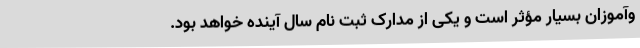
وآموزان بسیار مؤثر است و یکی از مدارک ثبت نام سال آینده خواهد بود.